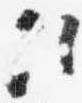
次